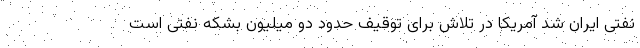
نفتی ایران شد آمریکا در تلاش برای توقیف حدود دو میلیون بشکه نفتی است